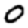
Digit: 0